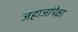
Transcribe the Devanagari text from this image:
जहाजांपेक्षा